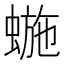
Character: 𱿸